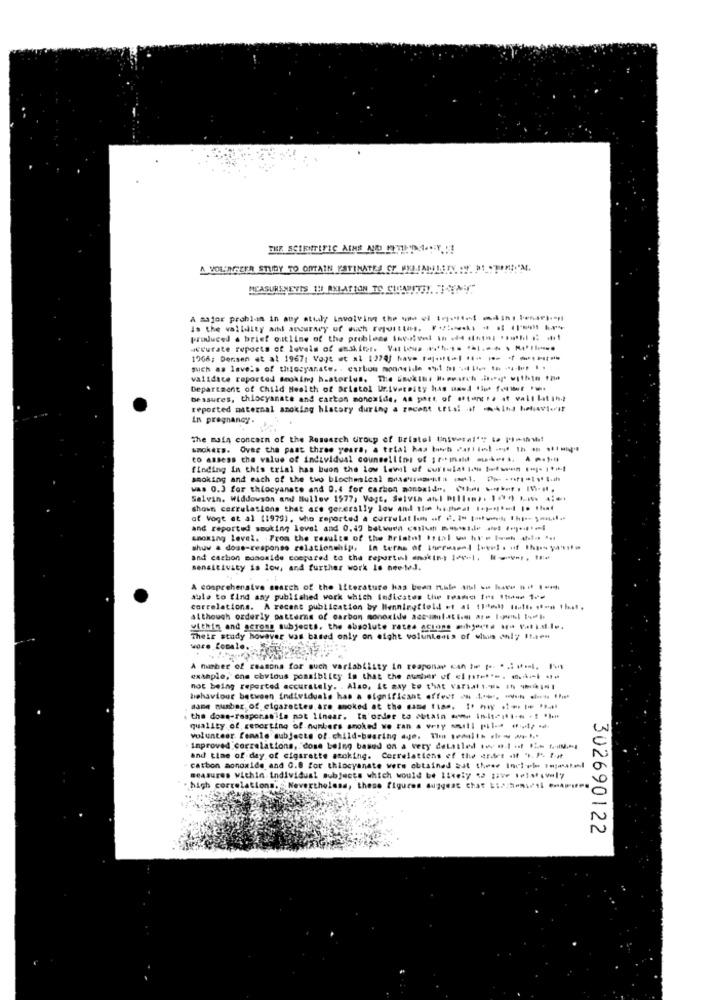
A VOL'INSEER STUDY TO OMAIN ESTIMATES CT MELINLETY __ DE_TOM !! 'M.
MEASURENSVIS TH RELATION TO CHLADITHY, "IAM
A major problan in auy atuly involving the ye el Ip --- mini benifi-
is the validity ail accuracy of such repuittos. F :.. . # 1 hr
produced a brief outline of the problems for-vel I + d .. ..... : -
accurate reports of levels of ssakiet. Valles *** ** **
1966; Densen et al 1967; Vogt et al 1274) have fait-| *- -- ----
such as levels of thiocyanate. - carbon monnside .1 ml -1 .. ..... ..
validace reported smoking h.atorlus. The úsekihr H pourch .it.a* within the
Department of Child Health of Bristol University has used thus f.er ...
bessures, thiocyanate and carbon monoxide, As part, of aftentra it vall latin,
reported maternal anoking hlatory during a recent utal .if this behaviorit
In pregnancy.
The main concern of the Research Group of Bristol (insvarel'" to 11shw!
smokers. Over the past three years, a trial has both ---- ---
to assess the value of individual counsellini of ;rmild au .. . .. ).
finding in this trial has buon the low level of surtulat Itu tofun 1"]- 11)
smoking and each of the two blochmical moschearita (1, 7% -ft-19-
was 0.3 for thiocyanate and 0.4 for carbon monoxide, (h .r . I.H.
Salvin. Widdowson and Bullev 1577, Vagt, Salvia anl Pillan ,. 100 km 4:
shown carrulations that are generally low and the hotheat 1+ported is that
of vogt at al (1979), who reported a correlat lon of č. 2- towed, 1hp- Sonil.
and reported smoking level and 0.43 batwera conium nos .... .. .....- l
smoking level. From the results of the Bristol Irtal ve hre lowh 4fifa 1.
show a dose-response relationship, In terms of sorreseal towels of the guts
and carbon mosoaide compared to the reportol anakin: 146-1, 8went, 15
sensitivity is low, and further work Is nee ted.
A comprehensive search of the literature has been m.ile an so have nif 1-m
able to find any published work which Indicates th 103m 1 119e 10
correlations. A recent publication by Henningitold et al (16) (tolt. iton that,
although orderly patterns of carbon monoxide accumulation are lol tol
within and geross subjects, the absolute rates acions mihjerte sa vat ist.le.
Their study however was based only on eight voluntenis of win only Itien
wore female.
A number of reasons for such varlablisty in reaponay can tw p. .. uml, -
example, one obvious possiblity is that the auther of el nter.s. --- --
not being reported accurately. . Also, it way to that varin ... 10 ******
behaviour between individuals has a significant effect - 1. ** ** fi
same number of cigarettes are smoked at the same time. It hy ** * * full
the doas-resporan!is not linear. In'order to obtain - in-teil- -
quality of reporting of numbers smoked wo tan a very snill pila #4; ad-
volunteer female subjects of child-bearing de. The 1emilth .he = ""
Improved correlations, dose being based on a very detailed tev o.1 of 12- full. l
and time of day of cigarette smoking. Correlations of the erdes ot . P. It
carbon monoxide and 0.8 for thiocyanate were obtained gat theer Inciel 1;tel
measures within individual subjects which would be likely 52 tive letslively
high correlations. " Nevertheless, these figures suggest chat bischens'il emAmi
302690122